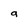
Character: g